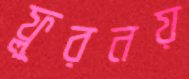
ফ্লুরনয়